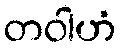
တဝါဟံ